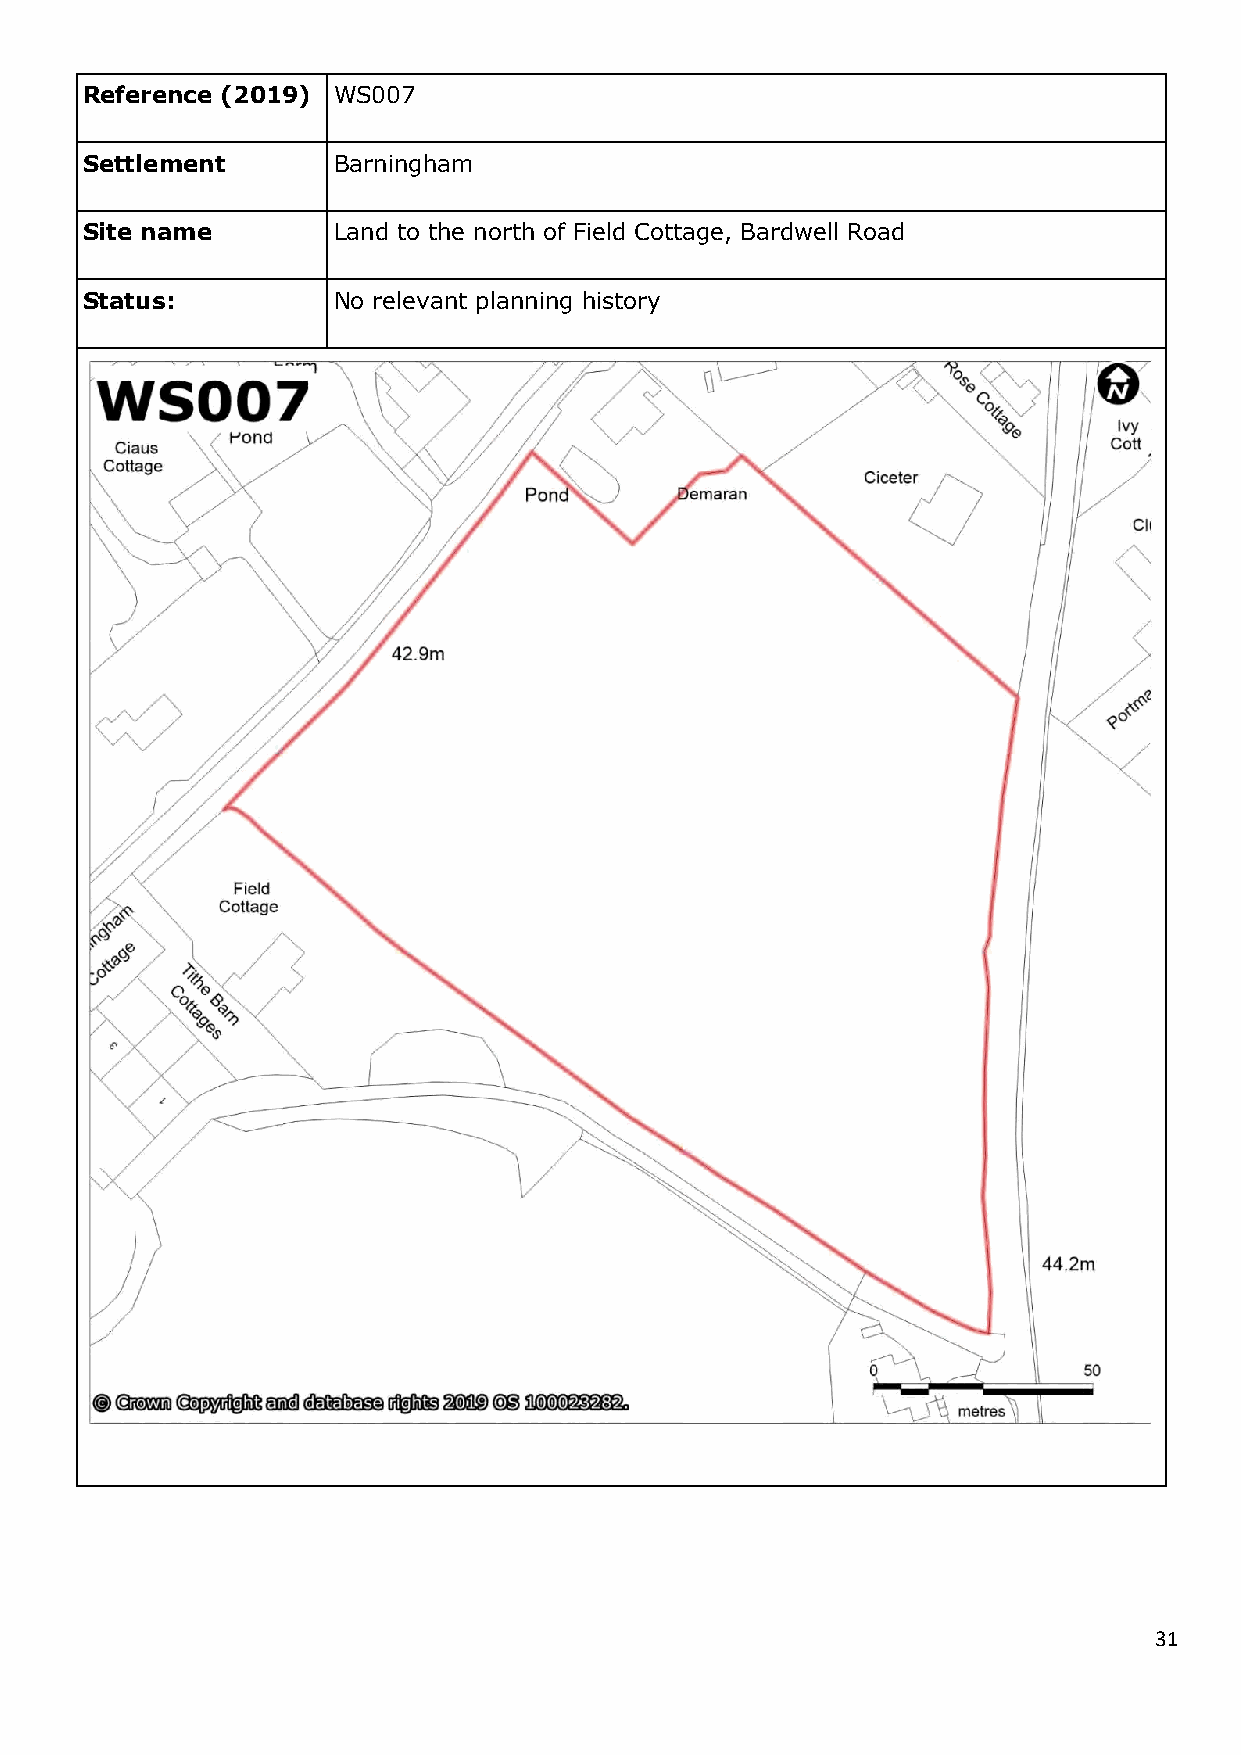
Reference (2019) WS007
 Settlement       Barningham
 Site name        Land to the north of Field Cottage, Bardwell Road
 Status:          No relevant planning history
 31